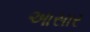
આસાર